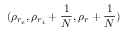
( \rho _ { r _ { e } } , \rho _ { r _ { i } } + \frac { 1 } { N } , \rho _ { r } + \frac { 1 } { N } )